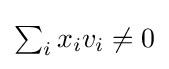
{\textstyle \sum _{i}x_{i}v_{i}\neq 0}